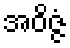
အဝိဇ္ဇံ